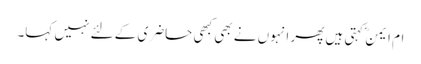
ام ایمنؓ کہتی ہیں پھر انہوں نے بھی کبھی حاضری کے لئے نہیں کہا۔